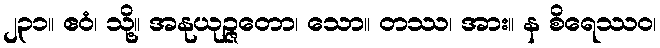
၂၃၁။ ဧဝံ၊ သို့။ အနုယုဉ္ဇတော၊ သော။ တဿ၊ အား။ န စိရေဿဝ၊